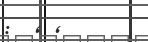
: